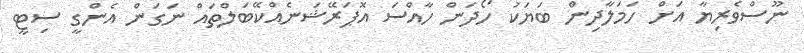
ނޫސްވެރިޔާ އަށް ހަމަލާދިން ބަޔަކު ހޯދަން ހާއްސަ އޮޕަރޭޝަނެއްކޭބަލްތައް ނަގަން އެންގީ ސިޓީ